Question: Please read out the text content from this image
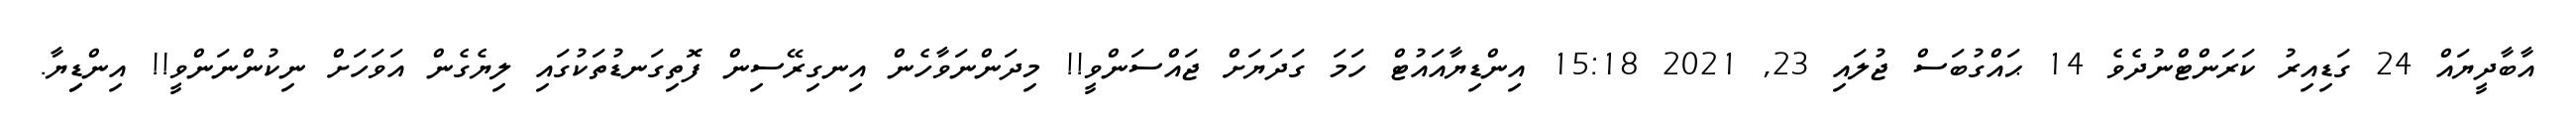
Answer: އާބާދީޔައް 24 ގަޑިއިރު ކަރަންޓްނުދެވެ 14 ޙައްގުބަސް ޖުލައި 23, 2021 15:18 އިންޑިޔާއައުޓް ހަމަ ގަދަޔަށް ޖައްސަންވީ!! މިދަންނަވާހެން އިނގިރޭސިން ފޮތިގަނޑުތަކުގައި ލިޔެގެން އަވަހަށް ނިކުންނަންވީ!! އިންޑިިޔާ.